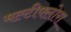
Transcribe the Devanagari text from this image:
मल्टीफ्लोरा